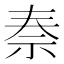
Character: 𥘿